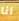
أنا